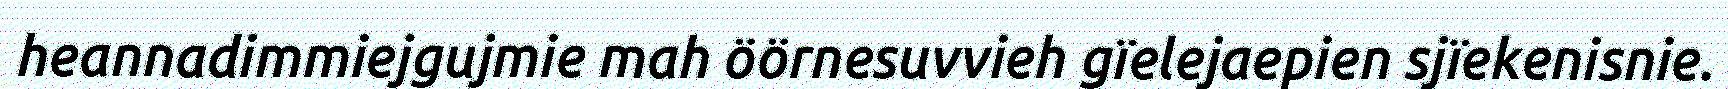
heannadimmiejgujmie mah öörnesuvvieh gïelejaepien sjïekenisnie.